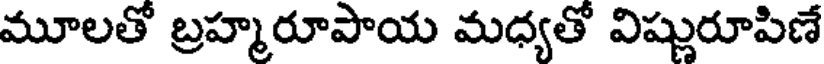
మూలతో బ్రహ్మరూపాయ మధ్యతో విష్ణురూపిణే